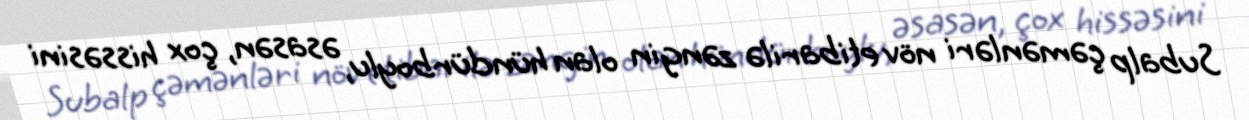
Subalp çəmənləri növ etibarilə zəngin olan hündürboylu, əsasən, çox hissəsini